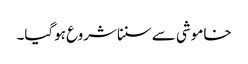
خاموشی سے سنناشروع ہوگیا۔